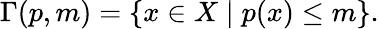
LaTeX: \Gamma(p,m)=\{ x\in X\mid p(x)\leq m\} .